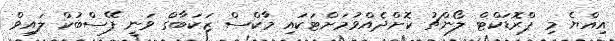
އިއްޔެ މި ޕްރޮޑަކްޓް ލޯންޗު ކޮށްދެއްވުމަށްޓަކައި މާކްސް ޒަކަބާގް ވަނީ ފޭސްބުކް ލައިވް